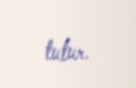
tutur.